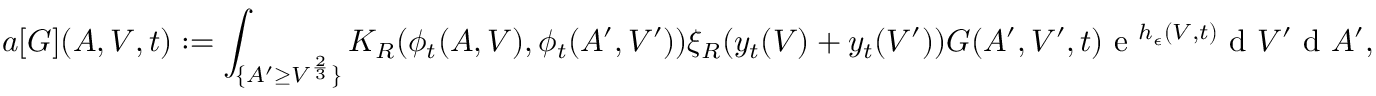
a [ G ] ( A , V , t ) : = \int _ { \{ A ^ { \prime } \geq V ^ { \frac { 2 } { 3 } } \} } K _ { R } ( \phi _ { t } ( A , V ) , \phi _ { t } ( A ^ { \prime } , V ^ { \prime } ) ) \xi _ { R } ( y _ { t } ( V ) + y _ { t } ( V ^ { \prime } ) ) G ( A ^ { \prime } , V ^ { \prime } , t ) \textup { e } ^ { h _ { \epsilon } ( V , t ) } \textup { d } V ^ { \prime } \textup { d } A ^ { \prime } ,